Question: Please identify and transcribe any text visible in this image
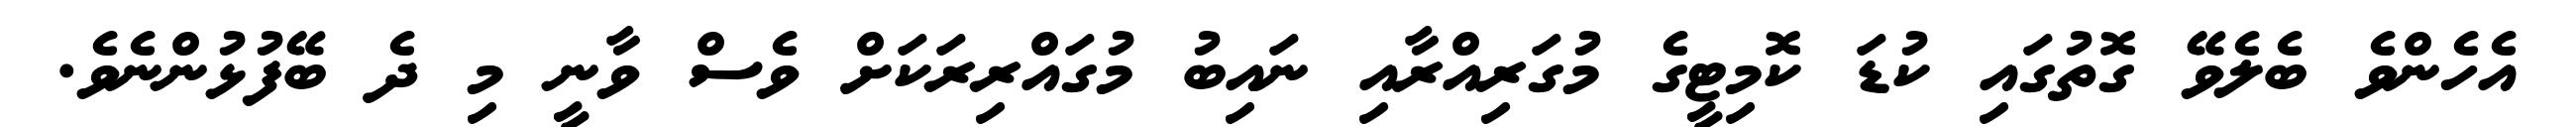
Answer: އެހެންވެ ބެލެވޭ ގޮތުގައި ކުޑަ ކޮމިޓީގެ މުގަރިއްރާއި ނައިބު މުގައްރިރަކަށް ވެސް ވާނީ މި ދެ ބޭފުޅުންނެވެ.